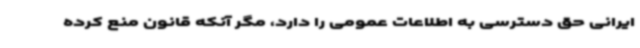
ایرانی حق دسترسی به اطلاعات عمومی را دارد، مگر آنکه قانون منع کرده